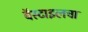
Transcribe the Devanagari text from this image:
बॅस्टाइलचा